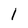
Character: 1